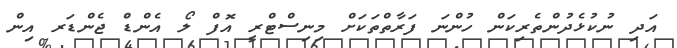
އަދި ނުކުޅެދުންތެރިކަން ހުންނަ ފަރާތްތަކަށް މިނިސްޓްރީ އޮފް ލޯ އެންޑް ޖެންޑަރ އިން